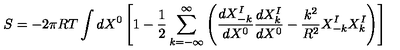
S = - 2 \pi R T \int d X ^ { 0 } \left[ 1 - { \frac { 1 } { 2 } } \sum _ { k = - \infty } ^ { \infty } \left( { \frac { d X _ { - k } ^ { I } } { d X ^ { 0 } } } { \frac { d X _ { k } ^ { I } } { d X ^ { 0 } } } - { \frac { k ^ { 2 } } { R ^ { 2 } } } X _ { - k } ^ { I } X _ { k } ^ { I } \right) \right]